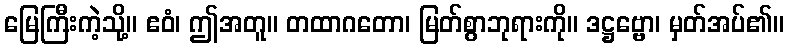
မြေကြီးကဲ့သို့။ ဧဝံ၊ ဤအတူ။ တထာဂတော၊ မြတ်စွာဘုရားကို။ ဒဋ္ဌဗ္ဗော၊ မှတ်အပ်၏။